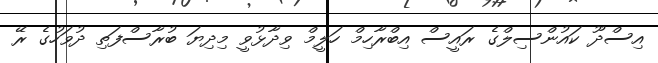
އިސްދޫ ކައުންސިލްގެ ރައީސް އިބްރާހިމް ހަލީމް ވިދާޅުވީ މިދިޔަ ބުރާސްފަތި ދުވަހުގެ ރޭ